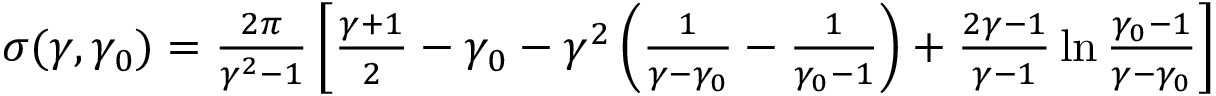
\begin{array} { r } { \sigma ( \gamma , \gamma _ { 0 } ) = \frac { 2 \pi } { \gamma ^ { 2 } - 1 } \left[ \frac { \gamma + 1 } 2 - \gamma _ { 0 } - \gamma ^ { 2 } \left( \frac { 1 } { \gamma - \gamma _ { 0 } } - \frac 1 { \gamma _ { 0 } - 1 } \right) + \frac { 2 \gamma - 1 } { \gamma - 1 } \ln \frac { \gamma _ { 0 } - 1 } { \gamma - \gamma _ { 0 } } \right] } \end{array}